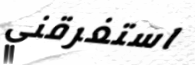
استغرقني